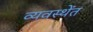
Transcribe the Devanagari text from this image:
व्यवस्थेंत